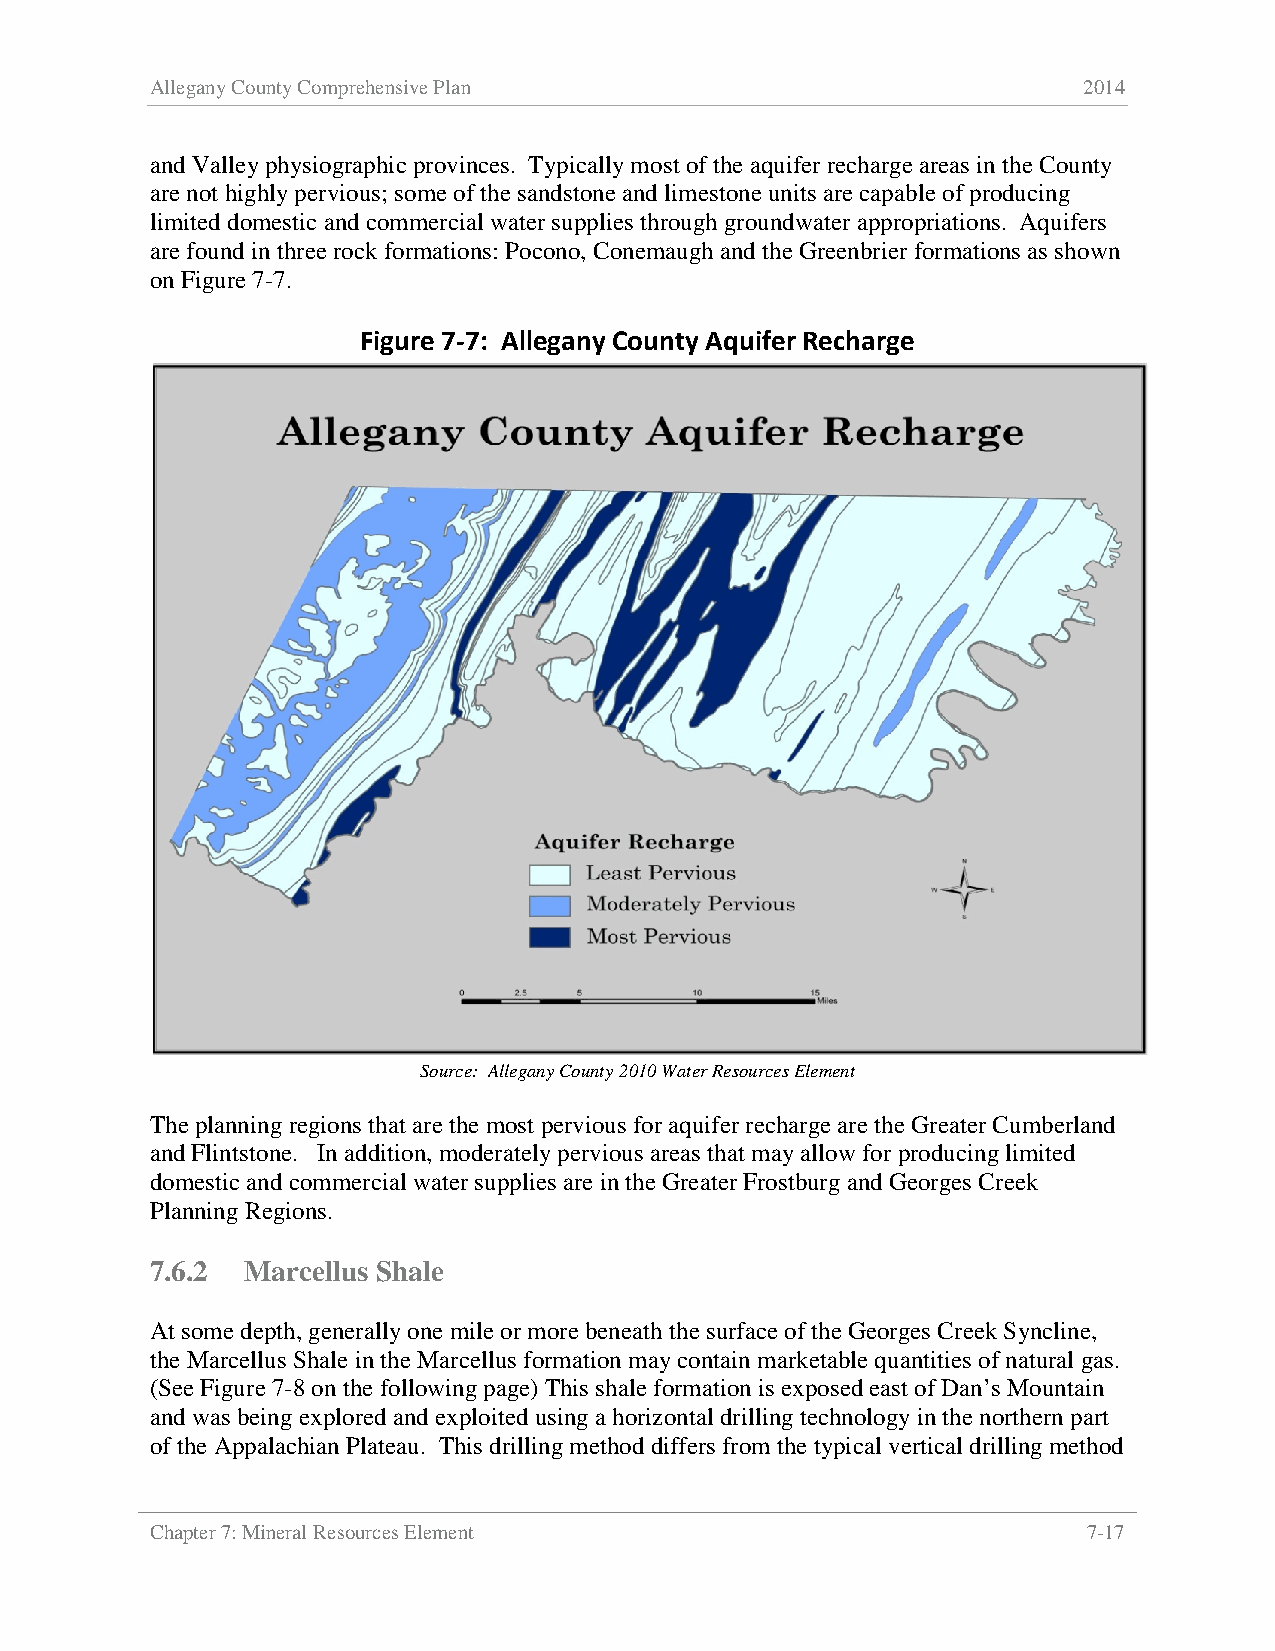
Allegany County Comprehensive Plan                            2014
 and Valley physiographic provinces. Typically most of the aquifer recharge areas in the County
 are not highly pervious; some of the sandstone and limestone units are capable of producing
 limited domestic and commercial water supplies through groundwater appropriations. Aquifers
 are found in three rock formations: Pocono, Conemaugh and the Greenbrier formations as shown
 on Figure 7-7.
 Figure 7-7: Allegany County Aquifer Recharge
 Source: Allegany County 2010 Water Resources Element
 The planning regions that are the most pervious for aquifer recharge are the Greater Cumberland
 and Flintstone. In addition, moderately pervious areas that may allow for producing limited
 domestic and commercial water supplies are in the Greater Frostburg and Georges Creek
 Planning Regions.
 7.6.2 Marcellus Shale
 At some depth, generally one mile or more beneath the surface of the Georges Creek Syncline,
 the Marcellus Shale in the Marcellus formation may contain marketable quantities of natural gas.
 (See Figure 7-8 on the following page) This shale formation is exposed east of Dan’s Mountain
 and was being explored and exploited using a horizontal drilling technology in the northern part
 of the Appalachian Plateau. This drilling method differs from the typical vertical drilling method
 Chapter 7: Mineral Resources Element                          7-17